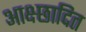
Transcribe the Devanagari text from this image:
आक्ष्छादित